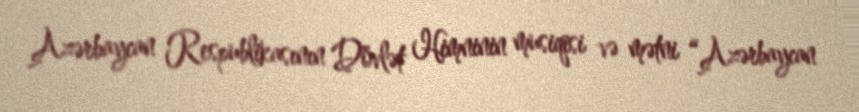
Azərbaycan Respublikasının Dövlət Himninin musiqisi və mətni “Azərbaycan